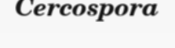
Cercospora